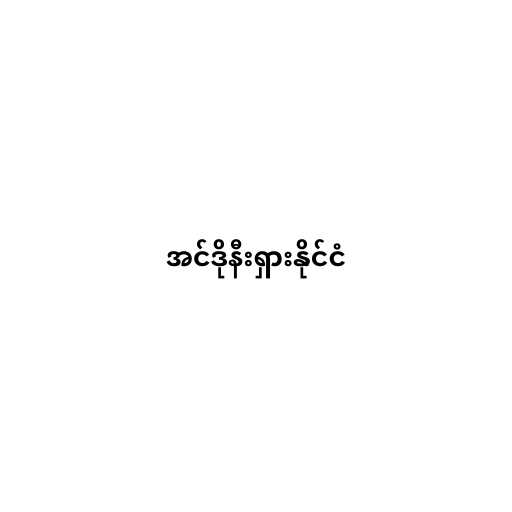
အင်ဒိုနီးရှားနိုင်ငံ